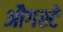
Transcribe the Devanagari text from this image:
औगस्टे